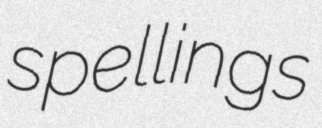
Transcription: spellings